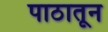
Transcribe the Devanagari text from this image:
पाठातून